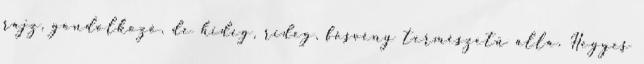
rajz, gondolkozó, de hideg, rideg, fösvény természetű álla. Hegyes